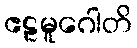
ဧဠမူဂေါတိ